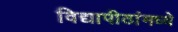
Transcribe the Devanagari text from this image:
विद्यापीठांमध्‍ये